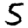
Digit: 5